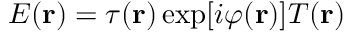
E ( { \bf { r } } ) = \tau ( { \bf { r } } ) \exp [ i \varphi ( { \bf { r } } ) ] T ( { \bf { r } } )